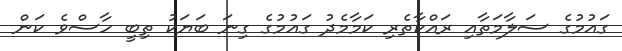
ގައުމުގެ ސަލާމަތާއި ރައްކާތެރި ކަމާމެދު ގައުމުގެ ގިނަ ބަޔަކު ތިބީ ހާސްވެ ކަން